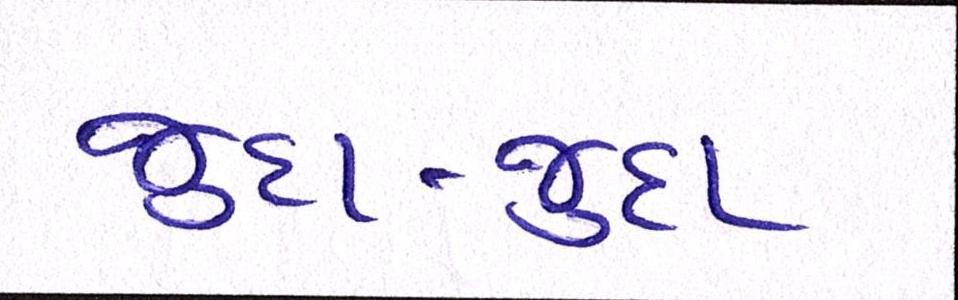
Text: જુદા-જુદા